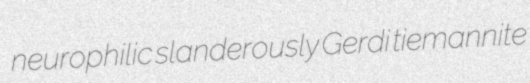
neurophilic slanderously Gerdi tiemannite